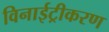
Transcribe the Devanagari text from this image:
विनाईट्रीकरण